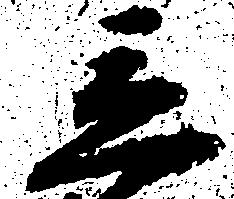
立